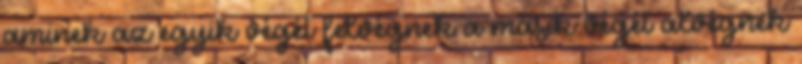
aminek az egyik végét felvégnek a másik végét alvégnek